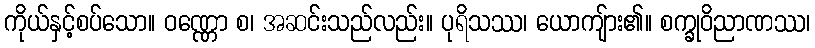
ကိုယ်နှင့်စပ်သော။ ဝဏ္ဏော စ၊ အဆင်းသည်လည်း။ ပုရိသဿ၊ ယောကျ်ား၏။ စက္ခုဝိညာဏဿ၊